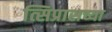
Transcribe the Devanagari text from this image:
त्सिप्रासच्या